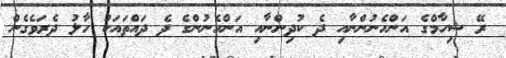
ރޭ ޝިހާމްގެ އަންހެނުންނާއި ދެ ކުދިންނާއި އަންހެނުންގެ ދެ ދައްތައަކު ހާލު ދެރަވެގެން